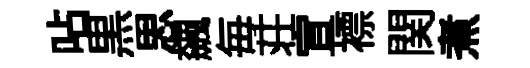
呫黒思飆毎荘宣褾関煮